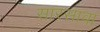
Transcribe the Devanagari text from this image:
सारसावा